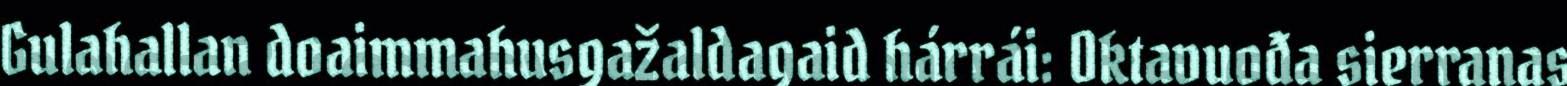
Gulahallan doaimmahusgažaldagaid hárrái: Oktavuođa sierranas